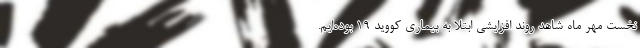
نخست مهر ماه شاهد روند افزایشی ابتلا به بیماری کووید ۱۹ بوده‌ایم.